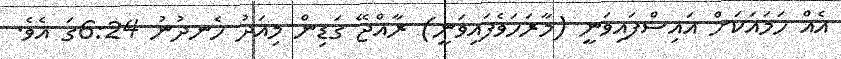
އެއް ހަމައަކަށް އައިސްފައިވަނީ (މާރަހަވެފައިވަނީ) ރާއްޖޭ ގަޑިން މިއަދު ހެނދުނު 6:24ގަ އެވެ.